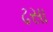
ઢસા